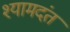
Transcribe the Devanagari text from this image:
श्यामदंत